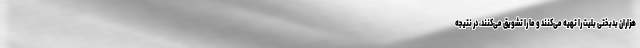
هزاران بدبختی بلیت را تهیه می‌کنند و ما را تشویق می‌کنند، در نتیجه